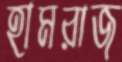
হামরাজ